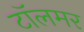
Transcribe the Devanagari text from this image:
टॉलमर